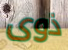
ذوى